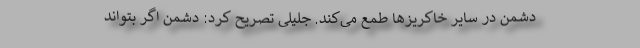
دشمن در سایر خاکریزها طمع می‌کند. جلیلی تصریح کرد: دشمن اگر بتواند